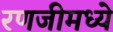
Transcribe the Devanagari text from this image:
रणजीमध्ये